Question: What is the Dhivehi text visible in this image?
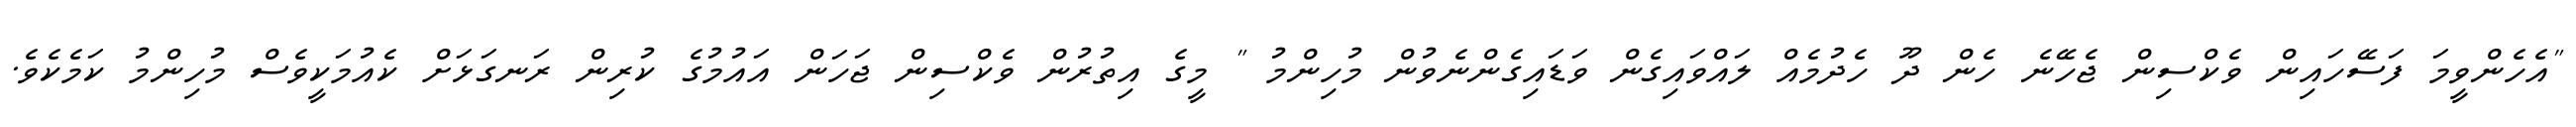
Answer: "އެހެންވީމަ ފަސޭހައިން ވެކްސިން ޖެހޭނެ ހެން ދޫ ހެދުމެއް ލައްވައިގެން ވަޑައިގެންނެވުން މުހިންމު " މީގެ އިތުރުން ވެކްސިން ޖަހަން އައުމުގެ ކުރިން ރަނގަޅަށް ކެއުމަކީވެސް މުހިންމު ކަމެކެވެ.